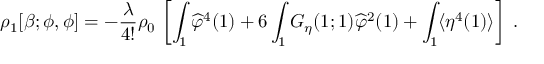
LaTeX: \rho _ { 1 } [ \beta ; \phi , \phi ] = - \frac { \lambda } { 4 ! } \rho _ { 0 } \, \left[ \int _ { 1 } \widehat \varphi ^ { 4 } ( 1 ) + 6 \int _ { 1 } G _ { \eta } ( 1 ; 1 ) \widehat \varphi ^ { 2 } ( 1 ) + \int _ { 1 } \langle \eta ^ { 4 } ( 1 ) \rangle \right] \; .